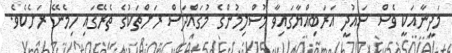
މަދީނާއަކީ ވެސް ސައުދީ އަރަބިއްޔާގައިވާ މުސްލިމުންގެ މުގައްދަސް ރަށްތަކުގެ ތެރޭގައި ހިމެނޭ ރަށެކެވެ.